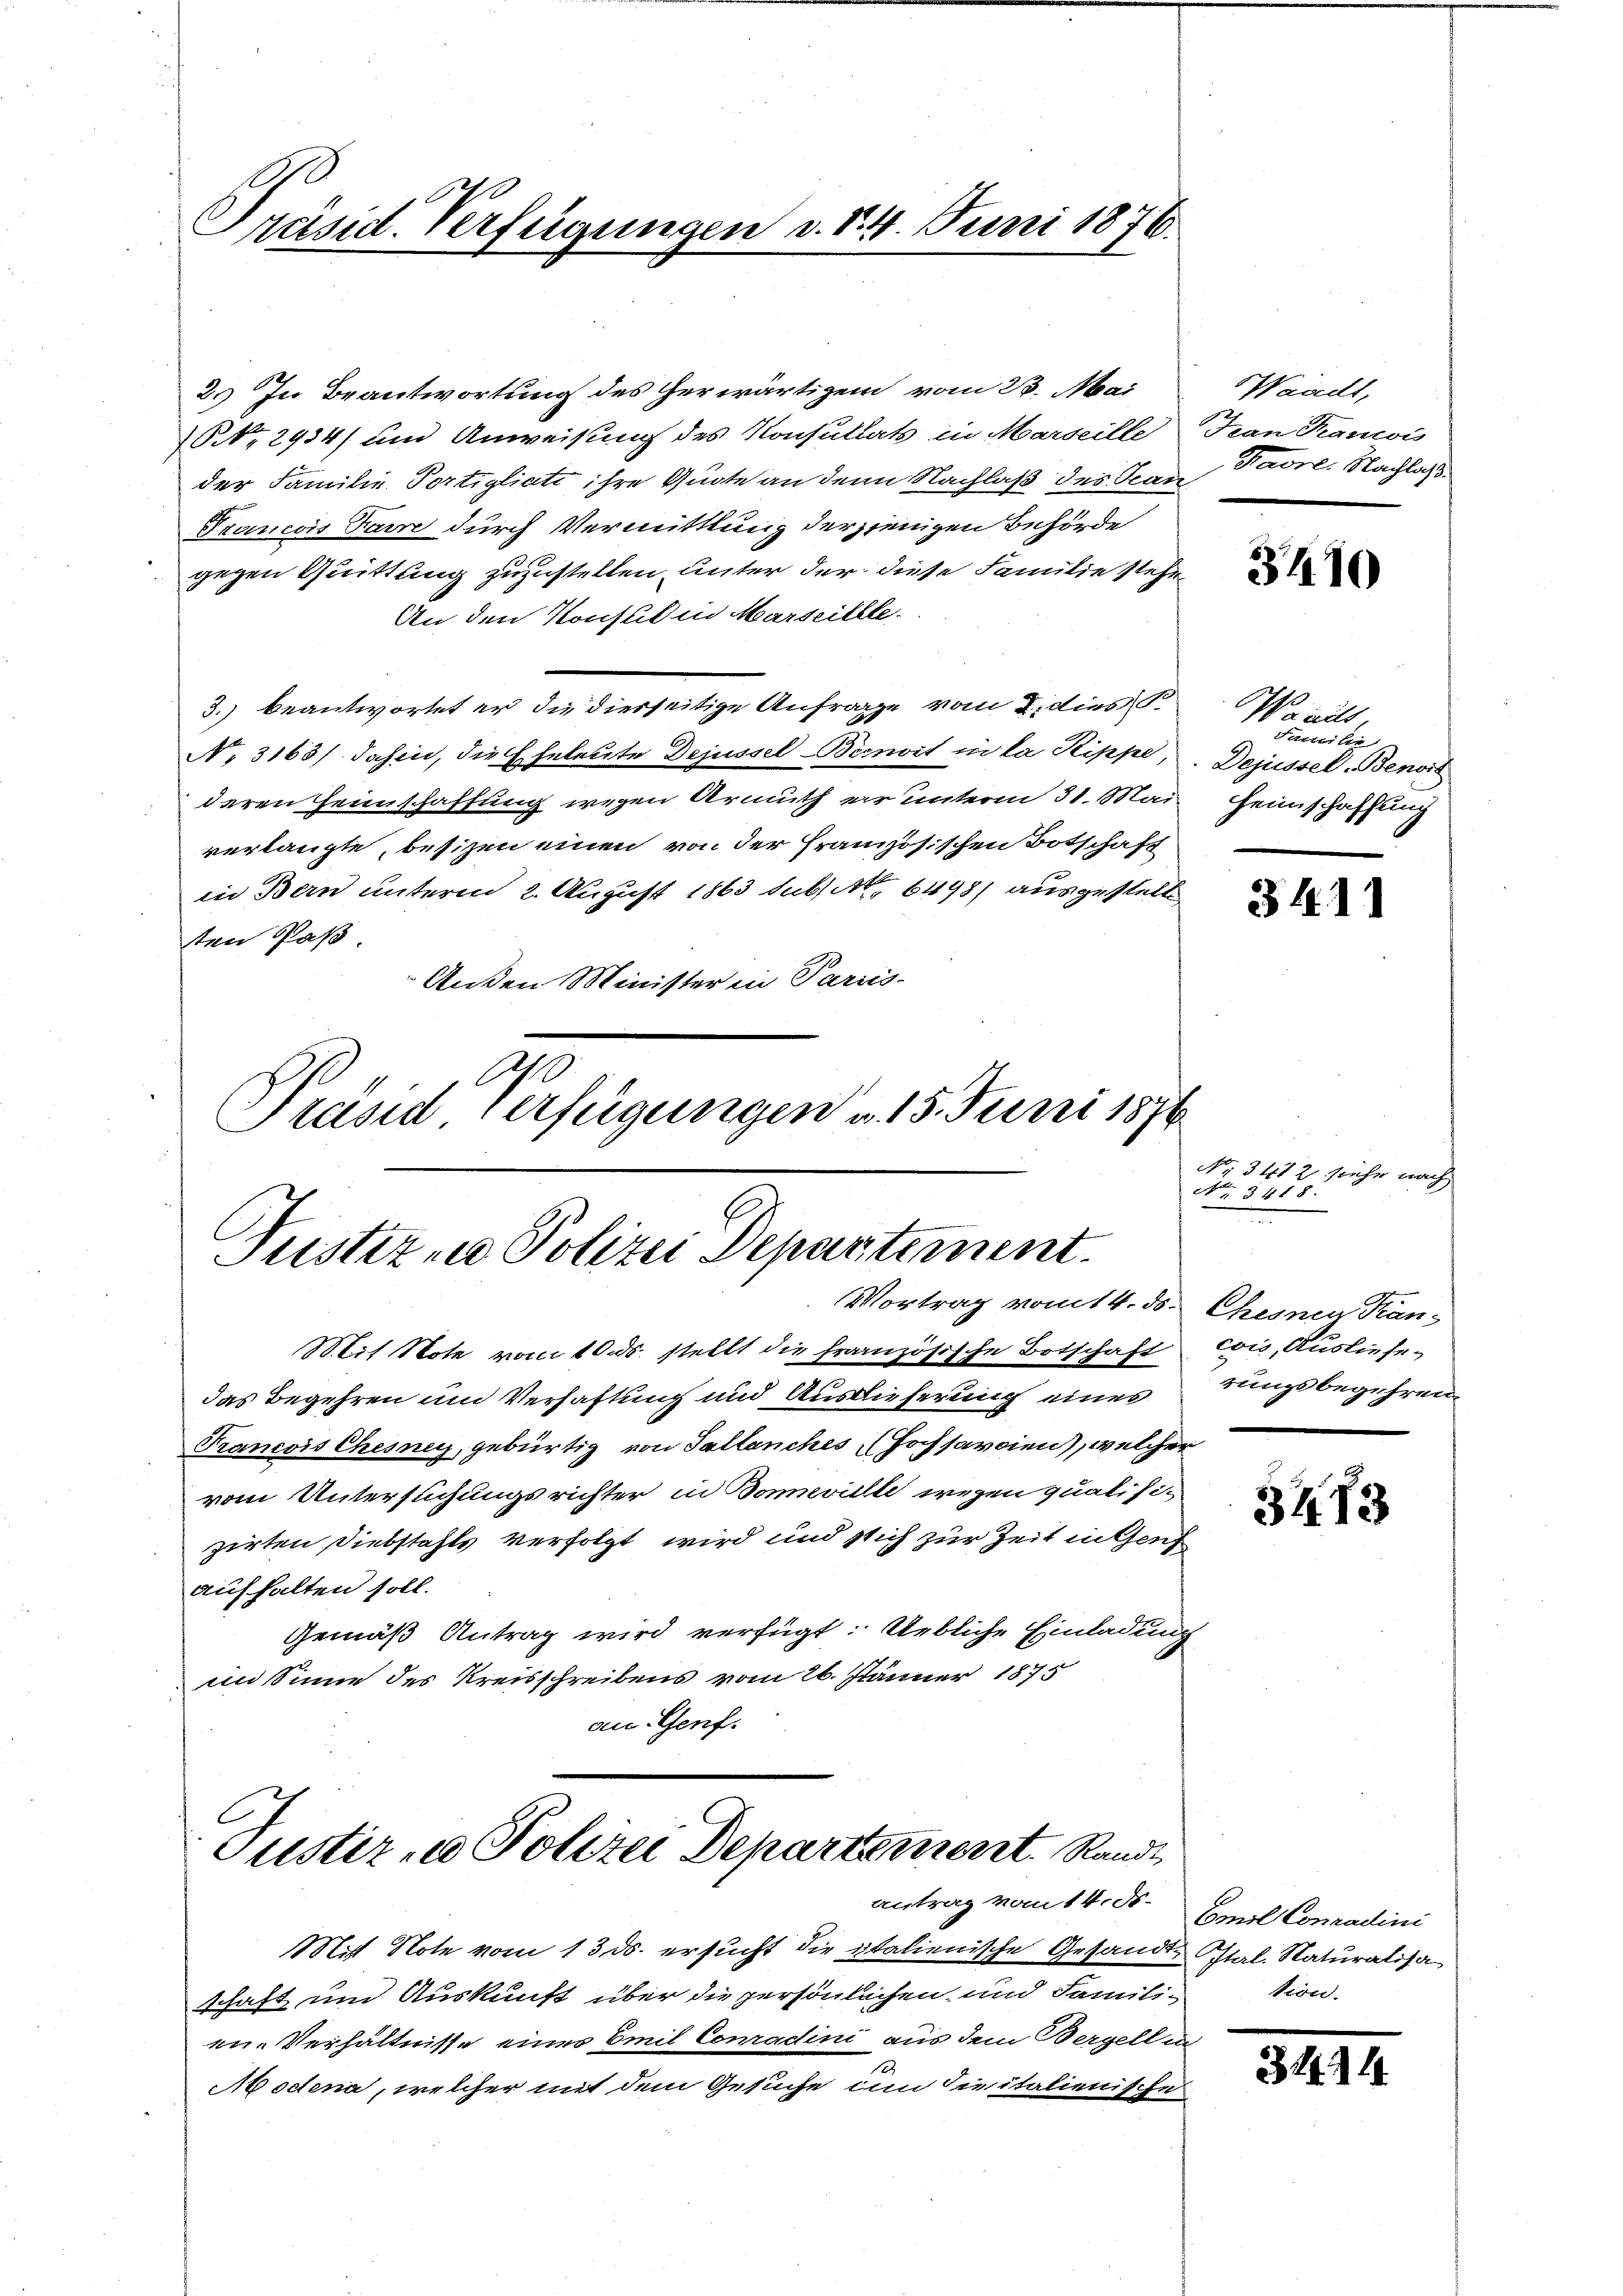
Präsid. Verfügungen d. d. 4. Juni 1876.

2. In Beantwortung des Gerwärtigem vom 23. Mai
NNo. 2934/ und Anweisung des Konsultats in Marseille
der Familie Portigliati ihre Quote an den Nachlaß des Tean
Trancois Favre durch Vermittlung derjenigen Behörde
gegen Quittung zuzustellen, unter der diese Familie stehen
An den Konsul in Marseillle-
3. beantwortet er die diesseitige Anfrage vom 2. dies S
N. 3163/. Jahin, die Eheleute Dejussel Bienort in la Rippe
deren Heimschaffung wegen Armuth er unterm 31. Mai
verlangte, besizen einen von der Französischen Botschaft
in Bern unterm 2. August 1863 sub 6498) ausgestelle,
ten Paß
Anden Minister in Paris.
A
Präsid verfügungen u. 15. Juni 1876

Pustiz nie Polizei Departement.
Vortrag vom 14. ds Chemnen Kan¬

Mit Note vom 10. ds. stellt die französische Botschaft cois, Ausliefedas Begehren und Verhaftung und Auslieferung eines
Prancois Chesney, gebürtig von Sallanches (Johsavoien), welcher
vom Untersuchungsrichter in Boneille wegen qualisi-
zirten Diebstahls verfolgt wird und sich zur Zeit in Genf
aufhalten soll.
Gemäß Antrag wird verfügt: Uebliche Einladung
im Sinne des Kreisschreibens vom 26. Jänner 1875
an Genf.

Justiz - Polizei Departement. Rande
Antrag vom 14. d.

Waadt,
Han Krancois
Favre. Nachlaß.

Mit Note vom 13. ds. ersucht die Italienische Gesandtestal. Naturalisaschaft um Auskunft über die persönlichen und Familien-Verhältnisse eines Emil Conradini aus dem Bergell in
Modena, welcher mit dem Gesuche um dieitalienische

3410

Waats
Parteilen
Dejussel-Benois
Heimschaffung

34. 11

No 342 sehr nach
No. 5418.

rungsbegehren.

3473

Emil Conradini
tion.

31.1